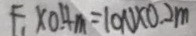
F _ { 1 } \times 0 . 4 m = 1 0 N \times 0 . 2 m